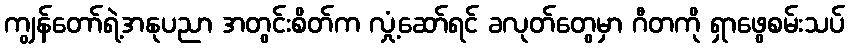
ကျွန်တော်ရဲ့အနုပညာ အတွင်းစိတ်က လှုံ့ဆော်ရင် ခလုတ်တွေမှာ ဂီတကို ရှာဖွေစမ်းသပ်